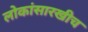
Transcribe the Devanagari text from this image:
लोकांसारखीच